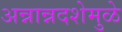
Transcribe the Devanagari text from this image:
अन्नान्नदशेमुळे